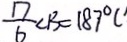
\frac { 1 7 } { 6 } \angle B = 1 8 7 ^ { \circ } (